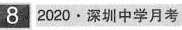
8 2020·深圳中学月考